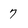
Character: 7